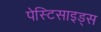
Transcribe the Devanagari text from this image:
पेस्टिसाइड्स